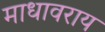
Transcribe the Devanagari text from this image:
माधावराय